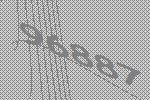
96887